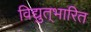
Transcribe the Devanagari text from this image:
विद्युत्‌भारित